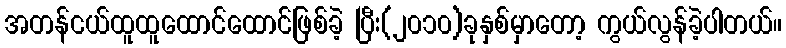
အတန်ငယ်ထူထူထောင်ထောင်ဖြစ်ခဲ့ ပြီး(၂၀၁၀)ခုနှစ်မှာတော့ ကွယ်လွန်ခဲ့ပါတယ်။